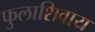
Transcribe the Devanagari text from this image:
फुलाशिवाय